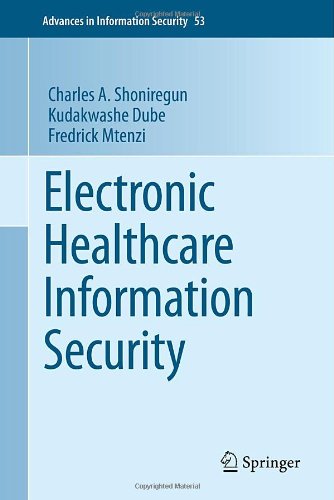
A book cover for Electronic Healthcare Information Security (Advances in Information Security); Charles A. Shoniregun; Medical Books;